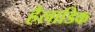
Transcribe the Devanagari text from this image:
हेलाडिक